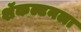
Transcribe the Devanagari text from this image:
शॅकल्टनला